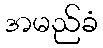
အမည်ခံ